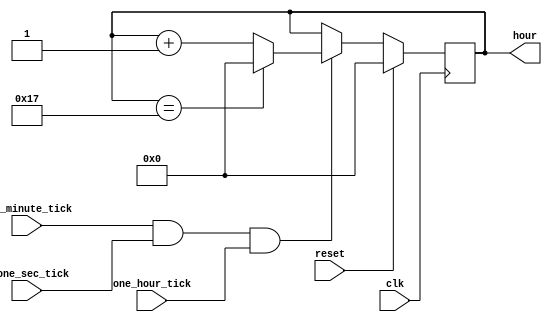
`timescale 1ns / 1ps
//////////////////////////////////////////////////////////////////////////////////
// Company: 
// Engineer: 
// 
// Design Name: 
// Module Name: minute_count
// Project Name: 
// Target Devices: 
// Tool Versions: 
// Description: 
// 
// Dependencies: 
// 
// Revision:
// Revision 0.01 - File Created
// Additional Comments:
// 
//////////////////////////////////////////////////////////////////////////////////


module hour_count(
    clk,reset,one_minute_tick,o_one_sec_tick,one_hour_tick,hour,
    );
parameter P_HOUR_BIT=5;

input clk,reset,one_minute_tick,o_one_sec_tick,one_hour_tick;

output reg [P_HOUR_BIT-1:0] hour; 
    

    always @ (posedge clk) begin
        if(reset) begin
            hour <= 0;
        end else begin
            if(one_minute_tick && o_one_sec_tick && one_hour_tick) begin
                if(hour == 23) begin
//                    one_hour_tick <= 1;
                    hour <= 0;        
                end else begin
//                    one_hour_tick <= 0;
                    hour <= hour +1 ;
                end
            end
        end            
    end
endmodule